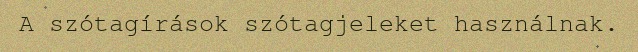
A szótagírások szótagjeleket használnak.